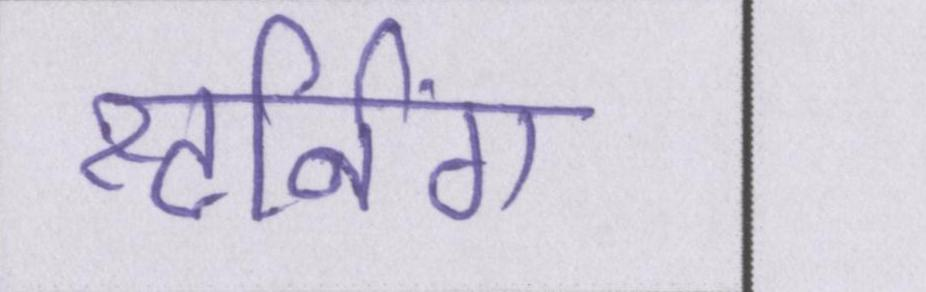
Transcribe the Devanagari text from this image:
स्टर्निंग